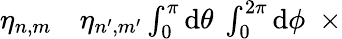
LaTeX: \begin{array}{rl}{\eta_{n,m}}&{{}\eta_{n^{\prime},m^{\prime}}\int_{0}^{\pi}\mathrm{d}\theta\ \int_{0}^{2\pi}\mathrm{d}\phi\ \ \times}\end{array}